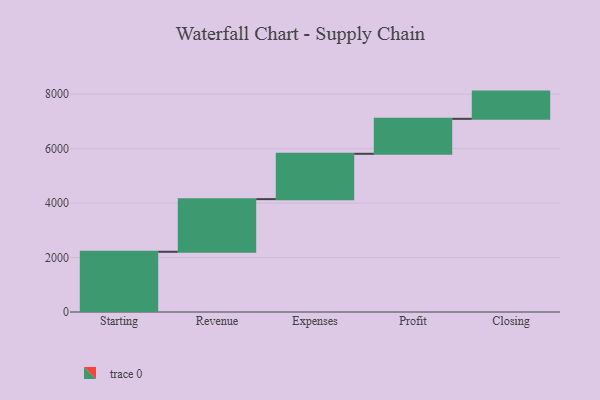
{"axis": {"x": "Step", "y": "Value"}, "legend": [""], "data": [{"x": "Starting", "y": 2212.0, "type": ""}, {"x": "Revenue", "y": 1933.0, "type": ""}, {"x": "Expenses", "y": 1665.0, "type": ""}, {"x": "Profit", "y": 1284.0, "type": ""}, {"x": "Closing", "y": 1000, "type": ""}]}